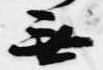
無